Civil Veterinary Dept. Bombay admin report 1900-1906 - 1900-1906
Year: 1900
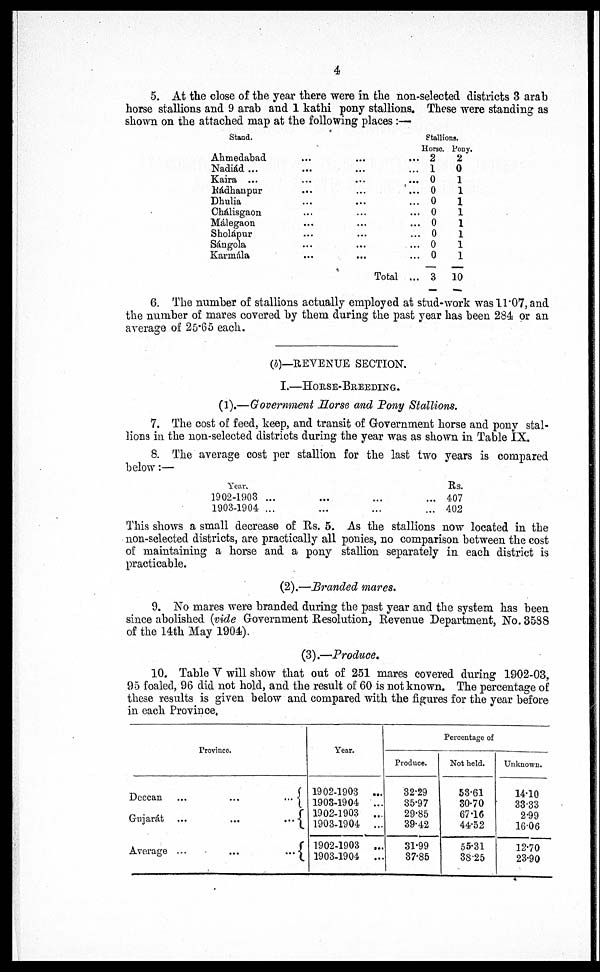
4
5. At the close of the year there were in the non-selected districts 3 arab
horse stallions and 9 arab and 1 kathi pony stallions. These were standing as
shown on the attached map at the following places :—
Stand.
Ahmedabad
...
...
...
Nadiád ...
...
...
...
Kaira ...
...
...
...
Rádhanpur
...
...
...
Dhulia
...
...
...
Chálisgaon ... ... ...
Málegaon
...
...
...
Sholápur
...
...
...
Sángola
...
...
...
Karmála
...
...
...
Total ...
Stallions.
Horse.
2
1
0
0
0
0
0
0
0
0
3
Pony.
2
0
1
1
1
1
1
1
1
1
10
6. The number of stallions actually employed at stud-work was 11.07, and
the number of mares covered by them during the past year has been 284 or an
average of 25.65 each.
(b)—REVENUE SECTION.
I.—HORSE-BREEDING.
(1).—Government Horse and Pony Stallions.
7. The cost of feed, keep, and transit of Government horse and pony stal-
lions in the non-selected districts during the year was as shown in Table IX.
8. The average cost per stallion for the last two years is compared
below :—
Year.
1902-1903 ... ... ... ...
1903-1904
...
...
...
...
Rs.
407
402
This shows a small decrease of Rs. 5. As the stallions now located in the
non-selected districts, are practically all ponies, no comparison between the cost
of maintaining a horse and a pony stallion separately in each district is
practicable.
(2).—Branded mares.
9. No mares were branded during the past year and the system has been
since abolished (vide Government Resolution, Revenue Department, No. 3588
of the 14th May 1904)
(3).—Produce.
10. Table V will show that out of 251 mares covered during 1902-03,
95 foaled, 96 did not hold, and the result of 60 is not known. The percentage of
these results is given below and compared with the figures for the year before
in each Province,
Province.
Deccan ... ... ...
Gujarát ... ... ...
Average ... ... ...
Year.
1902-1903
...
1903-1904
...
1902-1903
...
1903-1904
...
1902-1903
...
1903-1904
...
Percentage of
Produce.
32.29
35.97
29.85
39.42
31.99
37.85
Not held.
53.61
30.70
67.16
44.52
55.31
38.25
Unknown.
14.10
33.33
2.99
1606
12.70
23.90